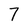
Character: 7